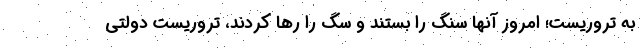
به تروریست؛ امروز آنها سنگ را بستند و سگ را رها کردند، تروریست دولتی